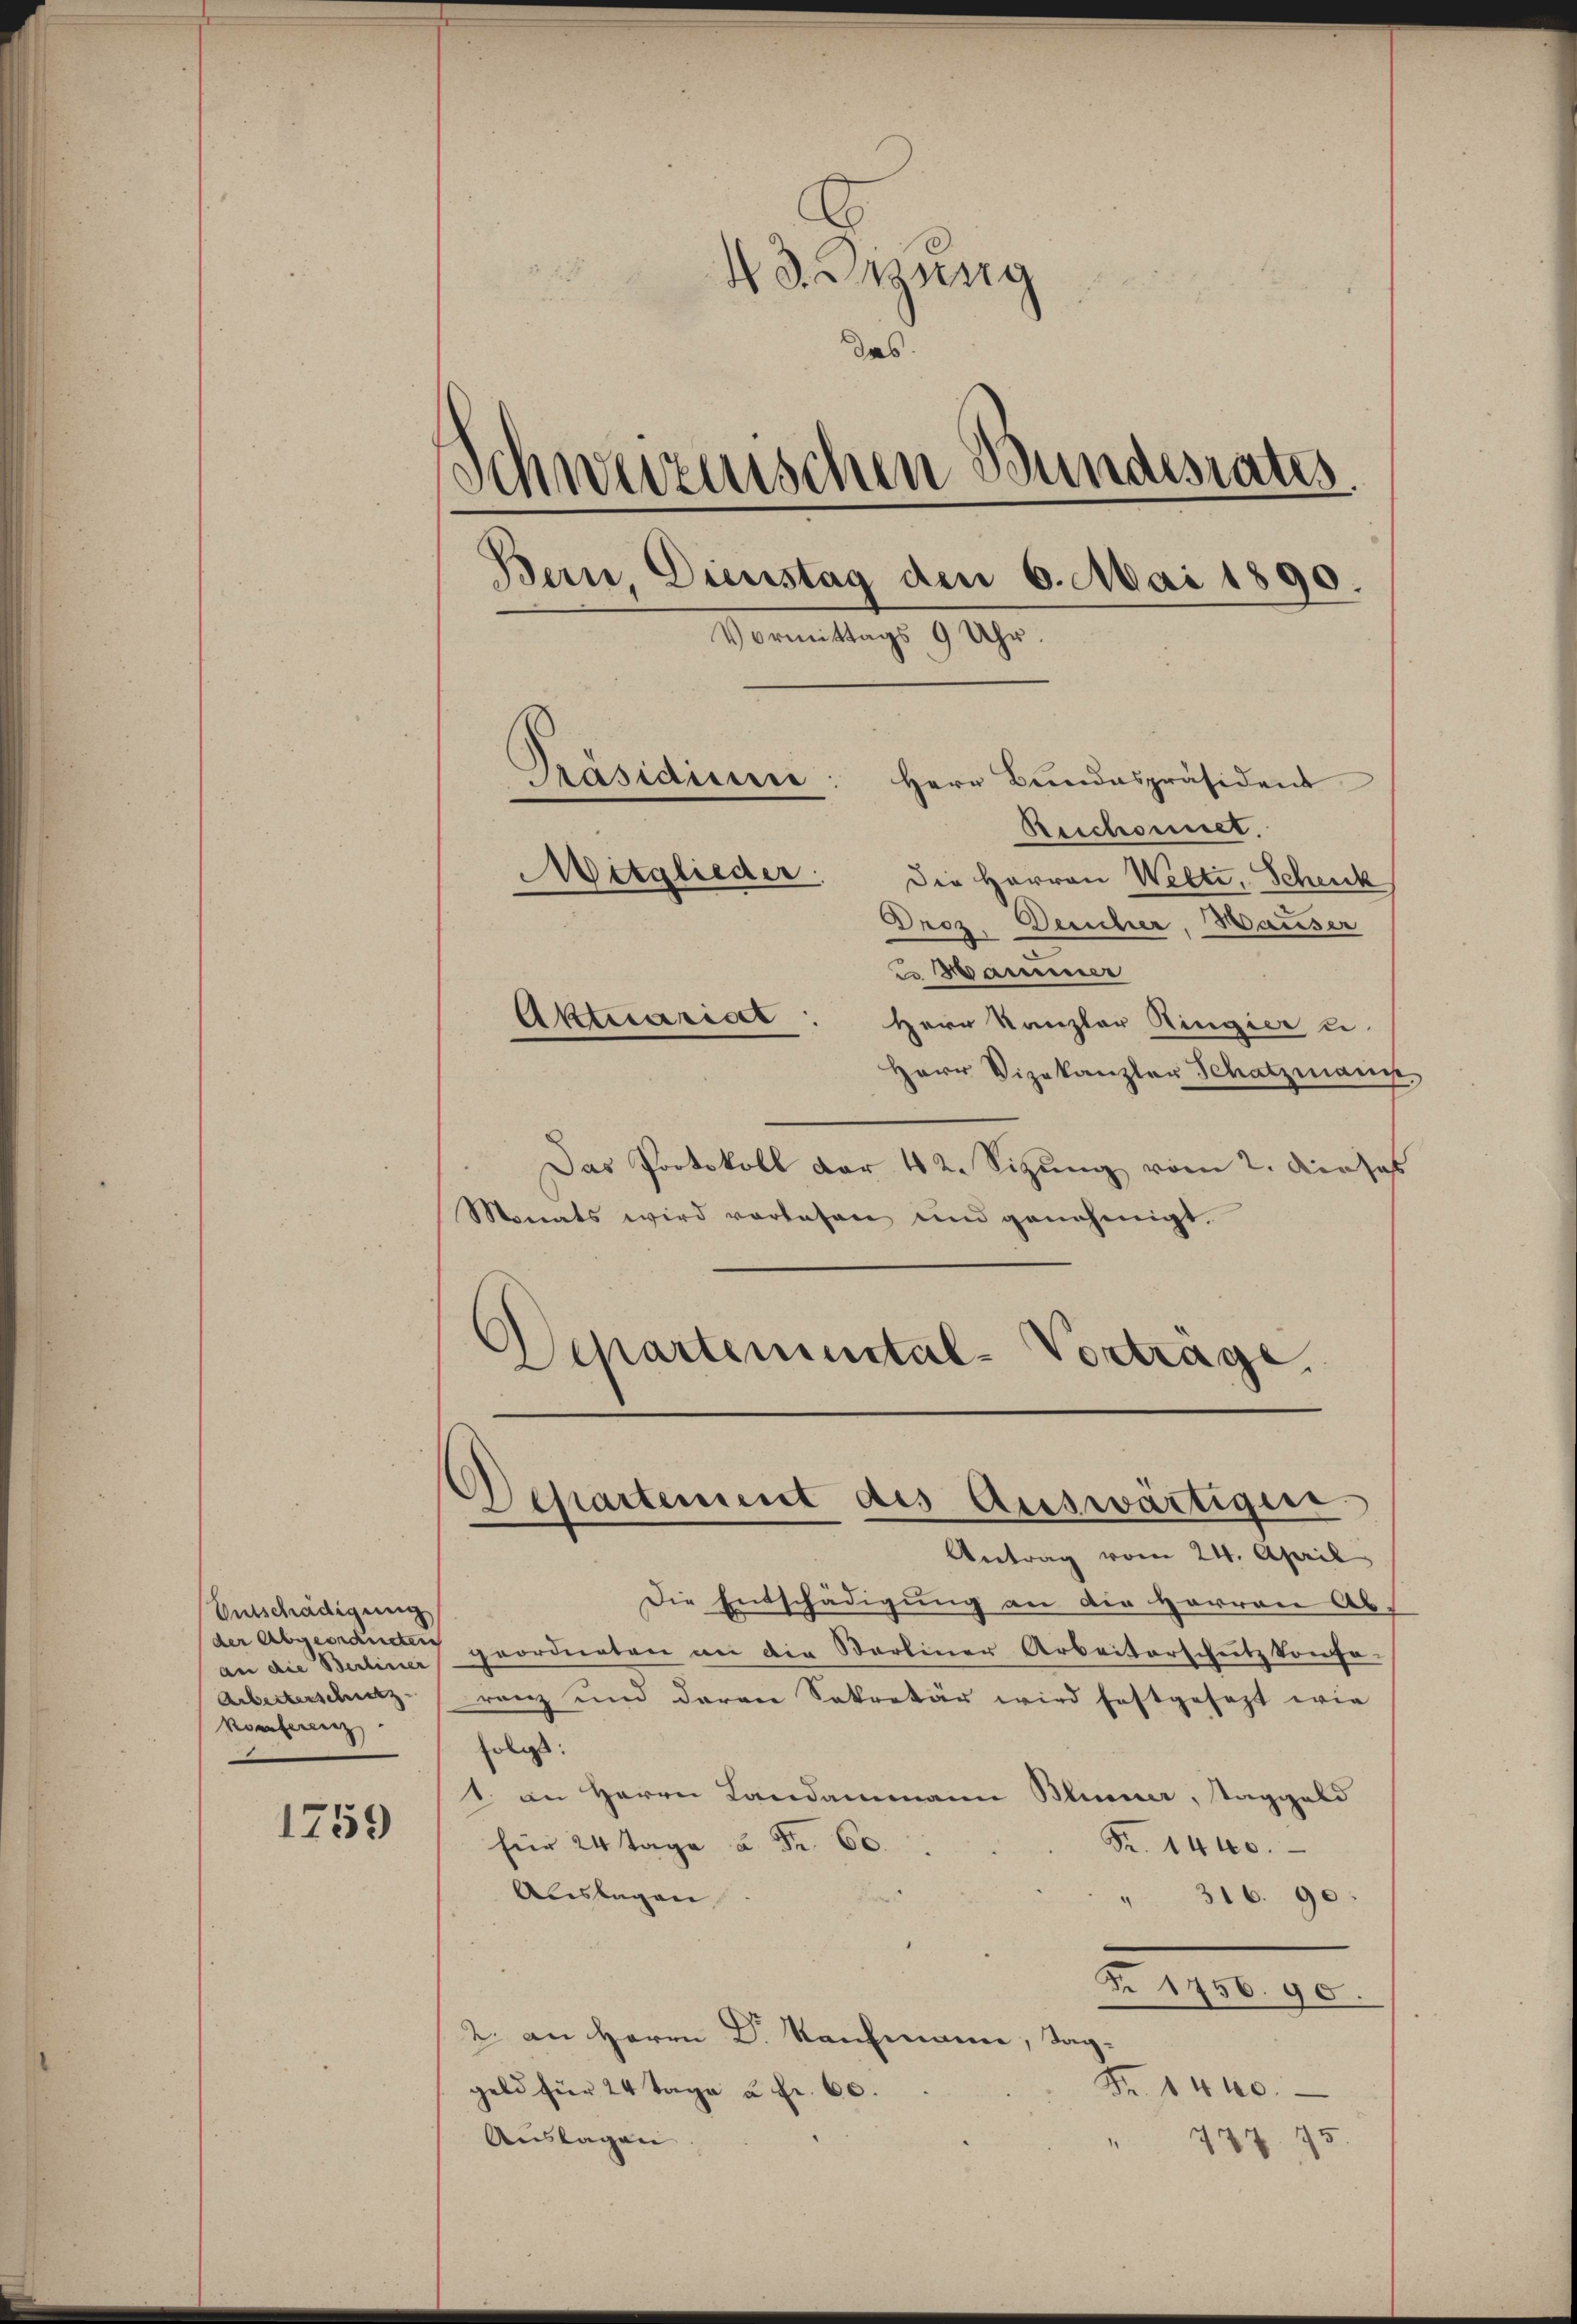
Entschädigung
der Abgeordneten
Arbeiterschutz
Konferenz

1759

43. Digung
ad
Schweiznischen Bundesrates
Bern, Dienstag den 6. Mai 1890.
Vormittags 9 Uhr.
Präsidium: Herr Bundespräsident
Reschonnet.
Mitglieder
Die Herren Welti, Schenk
Droz. Derucher, Hauser
u Hammer

Herr Kanzler Ringier u.
Herr Vizekanzler Schatzmann,
Das Protokoll der 42. Sizung vom 2. Dieses
Monats wird vorlesen und genehmigt.
Departemental-Vortrage.

Aktuariser

Departement des Auswärtigun

Antrag vom 24. April
Die Entschädigung an die Herren Ab-
an die Berliner geordneten an die Starliner Arbeiterschutz konse-
ranz und daran Sekretär wird festgesezt wie
folgt.
1. an Herrn Landammann Blümer, Taggeld
für 24 Tage u. Fr. 60.
Fr. 1440.
Auslagen
" 316. 90.
Deser ge
2. an Herrn Dr. Kaufmann, Tag¬
Fr. 1440.
geld für 24 Tage à Fr. 60.
Auslagen
 777. 75